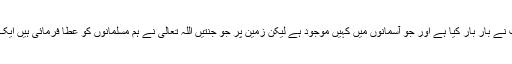
یہ تو وہ جنت ہے جس کا وعدہ نیک اعمال کے بدلے میں میرے رب نے بار بار کیا ہے اور جو آسمانوں میں کہیں موجود ہے لیکن زمین پر جو جنتیں اللہ تعالیٰ نے ہم مسلمانوں کو عطا فرمائی ہیں ایک نظر ان پر بھی ڈالی جائے کہ ایمان تازہ اور روح سرشار ہو جائے۔